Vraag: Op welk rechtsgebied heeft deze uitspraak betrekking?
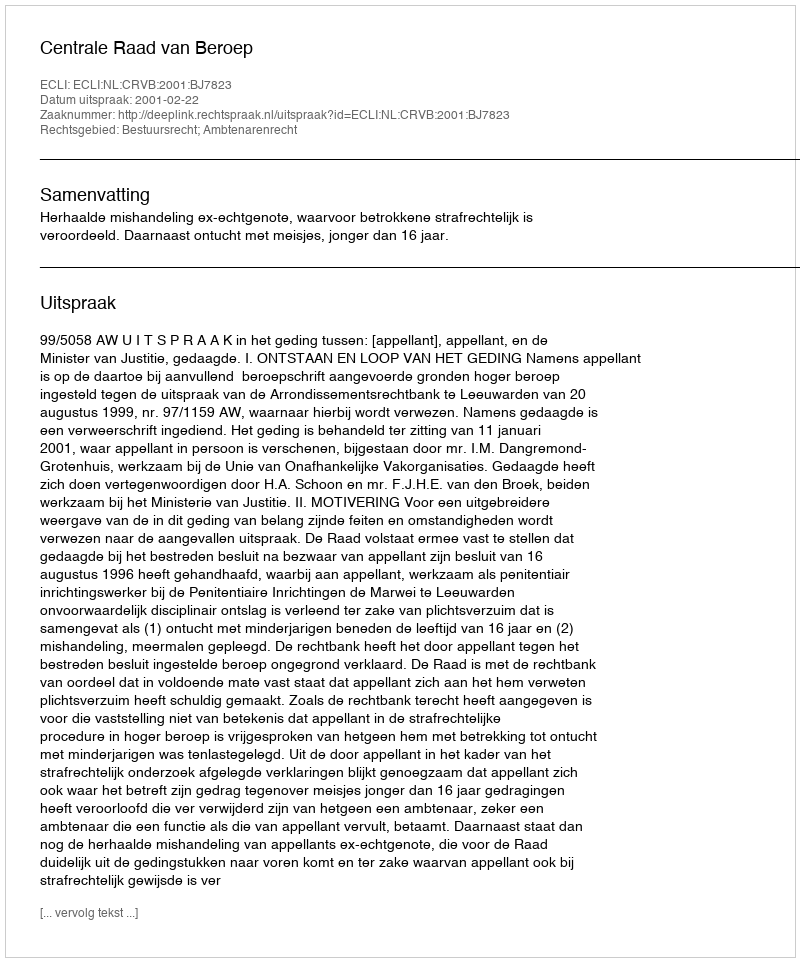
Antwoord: Bestuursrecht; Ambtenarenrecht